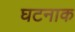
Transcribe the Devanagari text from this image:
घटनाक